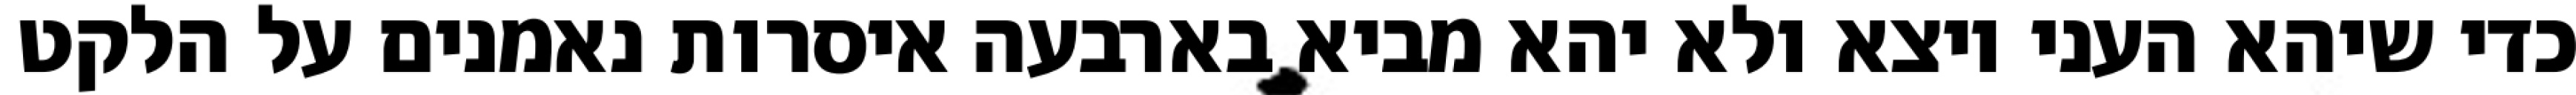
כדי שיהא העני יוצא ולא יהא מביא בארבעה איסרות נאמנים על הלקט